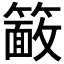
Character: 𮆖